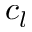
c _ { l }